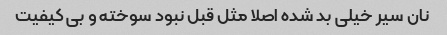
نان سیر خیلی بد شده اصلا مثل قبل نبود سوخته و بی کیفیت